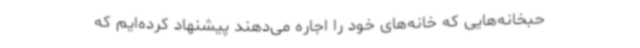
حبخانه‌هایی که خانه‌های خود را اجاره می‌دهند پیشنهاد کرده‌ایم که